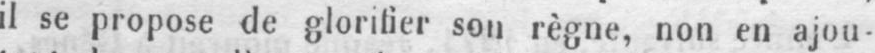
il se propose de glorifier sou règne, non en ajou-